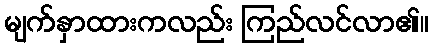
မျက်နှာထားကလည်း ကြည်လင်လာ၏။